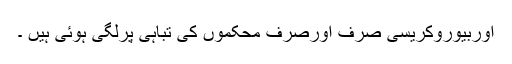
اوربیوروکریسی صرف اورصرف محکموں کی تباہی پرلگی ہوئی ہیں ۔